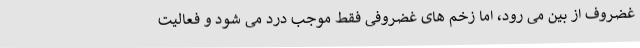
غضروف از بین می رود، اما زخم های غضروفی فقط موجب درد می شود و فعالیت